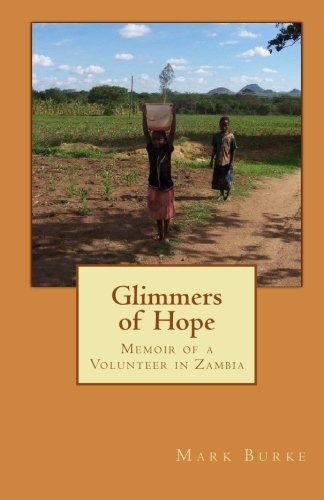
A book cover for Glimmers of Hope: Memoir of a Volunteer in Zambia; Mark Burke; Travel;